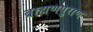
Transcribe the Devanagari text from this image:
ब्राह्मणपुराण